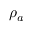
\rho _ { a }